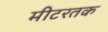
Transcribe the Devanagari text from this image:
मीटरतक